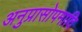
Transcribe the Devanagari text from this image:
अनुप्रासोपमादि